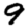
Digit: 9